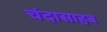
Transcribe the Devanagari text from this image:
चंदासाहब